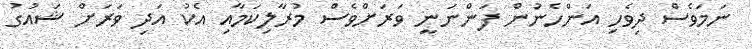
ނަމަވެސް ދިވެހި އަންހެނުން ފަންނަނީ ވަރަށްވެސް މުރާލިކަމާއި އެކު އަދި ވަރަށް ޝައުގު